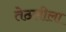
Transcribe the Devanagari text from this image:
तेठलीला